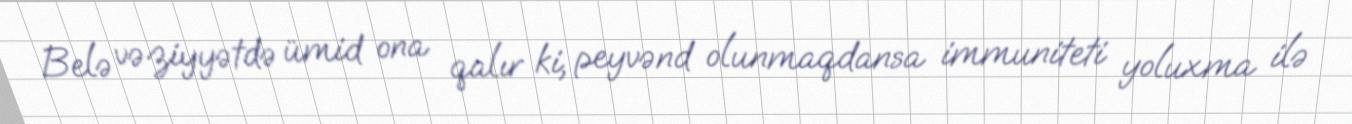
Belə vəziyyətdə ümid ona qalır ki, peyvənd olunmaqdansa immuniteti yoluxma ilə